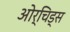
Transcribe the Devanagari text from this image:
ओर्चिड्स